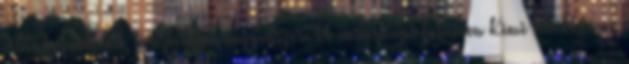
világbajnok lett, sorozatban negyedszer. A vasárnapi futamon Kimi Räikkönen,